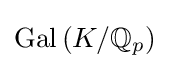
\operatorname {Gal} \left(K/\mathbb {Q} _{p}\right)